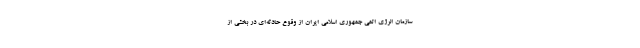
سازمان انرژی اتمی جمهوری اسلامی ایران از وقوع حادثه‌ای‌ در بخشی از